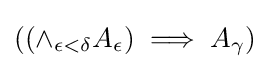
((\land _{\epsilon <\delta }{A_{\epsilon }})\implies A_{\gamma })